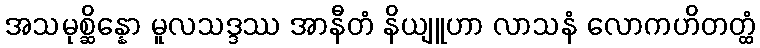
အသမုစ္ဆိန္နော မူလသဒ္ဒဿ အာနီတံ နိယျူဟာ လာသနံ လောကဟိတတ္ထံ